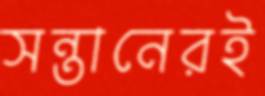
সন্তানেরই